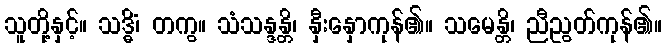
သူတို့နှင့်။ သဒ္ဓိံ၊ တကွ။ သံသန္ဒန္တိ၊ နှီးနှောကုန်၏။ သမေန္တိ၊ ညီညွတ်ကုန်၏။